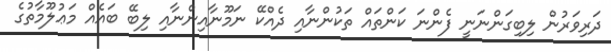
ދަރިވަރުން ލިބިގަންނަނީ ފެންނަ ކަންތައް ތަކުންނާއި ދެއްކޭ ނަމޫނާއިންނާއި ލިބޭ ބައެއް މަޢުލޫމާތުގެ